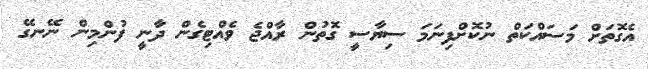
އެގޮތަށް މަސައްކަތް ނުކޮށްފިނަމަ ސިޔާސީ ގޮތުން ރާއްޖެ ވެއްޓިގެން ދާނީ ފުންމިން ނޭނގޭ